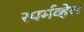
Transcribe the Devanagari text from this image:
स्पर्मव्हेल